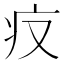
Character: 𤴨